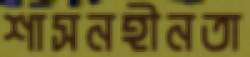
শাসনহীনতা